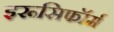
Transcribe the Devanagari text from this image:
इरूसिफॉर्म